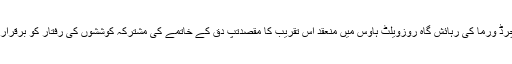
ایمبسڈر رچرڈ ورما کی رہائش گاہ روزویلٹ ہاؤس میں منعقد اس تقریب کا مقصدتَپِ دِق کے خاتمے کی مشترکہ کوششوں کی رفتار کو برقرار رکھنا تھا۔